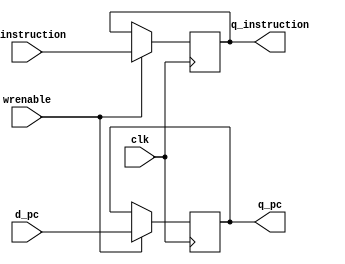

module registerIF
(
  output reg [31:0] q_instruction,
  output reg [31:0] q_pc,
  input [31:0] d_instruction,
  input [31:0] d_pc,
  input wrenable,
  input clk
);

  always @(posedge clk) begin
      if(wrenable) begin
        q_instruction <= d_instruction;
        q_pc <= d_pc;
      end
  end

endmodule

module registerID
(
  output reg [31:0] q_ReadData1,
  output reg [31:0] q_ReadData2,
  output reg [31:0] q_pc,
  output reg [31:0] q_imm,
  output reg [1:0] q_pcmux,
  output reg [1:0] q_regmux,
  output reg q_alu_a_mux,
  output reg programCounter,
  output reg q_alu_b_mux,
  output reg q_dm_mux,
  output reg q_reg_we,
  output reg q_dm_we,
  output reg [2:0] q_alu_op,
  output reg [31:0] q_rd,
  output reg [4:0] q_rt,
  output reg [4:0] q_raddress,
  output reg [27:0] q_jumpShifted,

  input [31:0] d_ReadData1,
  input [31:0] d_ReadData2,
  input [31:0] d_pc,
  input [31:0] d_imm,
  input [1:0] d_pcmux,
  input [1:0] d_regmux,
  input d_alu_a_mux,
  input d_alu_b_mux,
  input d_dm_mux,
  input d_reg_we,
  input d_dm_we,
  input [2:0] d_alu_op,
  input [31:0] d_rd,
  input [4:0] d_rt,
  input [4:0] d_raddress,
  input [27:0] d_jumpShifted,


  input wrenable,
  input clk
);

  always @(posedge clk) begin
    if(wrenable) begin
      q_ReadData1 <= d_ReadData1;
      q_ReadData2 <= d_ReadData2;
      q_pc <= d_pc;
      q_imm <= d_imm;
      q_pcmux <= d_pcmux;
      q_regmux <= d_regmux;
      q_alu_a_mux <= d_alu_a_mux;
      q_alu_b_mux <= d_alu_b_mux;
      q_dm_mux <= d_dm_mux;
      q_reg_we <= d_reg_we;
      q_dm_we <= d_dm_we;
      q_alu_op <= d_alu_op;
      q_rd <= d_rd;
      q_rt <= d_rt;
      q_raddress <= d_raddress;
      q_jumpShifted <= d_jumpShifted;
   end
   else begin
     q_ReadData1 <= 0;
     q_ReadData2 <= 0;
     q_pc <= 0;
     q_imm <= 0;
     q_pcmux <= 0;
     q_regmux <= 0;
     q_alu_a_mux <= 0;
     q_alu_b_mux <= 0;
     q_dm_mux <= 0;
     q_reg_we <= 0;
     q_dm_we <= 0;
     q_alu_op <= 0;
     q_rd <= 0;
     q_rt <= 0;
     q_raddress <= 0;
     q_jumpShifted <= 0;
   end
  end

endmodule

module registerEX
(
  output reg [31:0] q_ReadData1,
  output reg [31:0] q_ReadData2,
  output reg [31:0] q_result,
  output reg [1:0] q_pcmux,
  output reg [1:0] q_regmux,
  output reg q_dm_mux,
  output reg q_reg_we,
  output reg q_dm_we,
  output reg q_zeroflag,
  output reg [31:0] q_rd,
  output reg [31:0] q_pc,
  output reg [4:0] q_rt,
  output reg [4:0] q_raddress,
  output reg [27:0] q_jumpShifted,

  input [31:0] d_ReadData1,
  input [31:0] d_ReadData2,
  input [31:0] d_result,
  input [1:0] d_pcmux,
  input [1:0] d_regmux,
  input d_dm_mux,
  input d_reg_we,
  input d_dm_we,
  input d_zeroflag,
  input [31:0] d_rd,
  input [31:0] d_pc,
  input [4:0] d_rt,
  input [4:0] d_raddress,
  input [27:0] d_jumpShifted,

  input wrenable,
  input clk
);

  always @(posedge clk) begin
    if(wrenable) begin
      q_ReadData1 <= d_ReadData1;
      q_ReadData2 <= d_ReadData2;
      q_result <= d_result;
      q_pcmux <= d_pcmux;
      q_regmux <= d_regmux;
      q_dm_mux <= d_dm_mux;
      q_reg_we <= d_reg_we;
      q_dm_we <= d_dm_we;
      q_zeroflag <= d_zeroflag;
      q_pc <= d_pc;
      q_rd <= d_rd;
      q_rt <= d_rt;
      q_raddress <= d_raddress;
      q_jumpShifted <= d_jumpShifted;
    end
  end

endmodule

module registerMEM
(
  output reg [31:0] q_ReadData1,
  output reg [31:0] q_ReadData2,
  output reg [31:0] q_result,
  output reg [1:0] q_pcmux,
  output reg [1:0] q_regmux,
  output reg q_dm_mux,
  output reg q_reg_we,
  output reg q_zeroflag,
  output reg [31:0] q_ReadDataMem,
  output reg [31:0] q_rd,
  output reg [4:0] q_rt,
  output reg [4:0] q_raddress,
  output reg [31:0] q_pc,
  output reg [27:0] q_jumpShifted,

  input [31:0] d_ReadData1,
  input [31:0] d_ReadData2,
  input [31:0] d_result,
  input [1:0] d_pcmux,
  input [1:0] d_regmux,
  input d_dm_mux,
  input d_reg_we,
  input d_zeroflag,
  input [31:0] d_ReadDataMem,
  input [31:0] d_rd,
  input [4:0] d_rt,
  input [4:0] d_raddress,
  input [31:0] d_pc,
  input [27:0] d_jumpShifted,

  input wrenable,
  input clk
);

  always @(posedge clk) begin
    if(wrenable) begin
      q_ReadData1 <= d_ReadData1;
      q_ReadData2 <= d_ReadData2;
      q_result <= d_result;
      q_pcmux <= d_pcmux;
      q_regmux <= d_regmux;
      q_dm_mux <= d_dm_mux;
      q_reg_we <= d_reg_we;
      q_zeroflag <= d_zeroflag;
      q_ReadDataMem <= d_ReadDataMem;
      q_rd <= d_rd;
      q_pc <= d_pc;
      q_rt <= d_rt;
      q_raddress <= d_raddress;
      q_jumpShifted <= d_jumpShifted;
    end
  end

endmodule